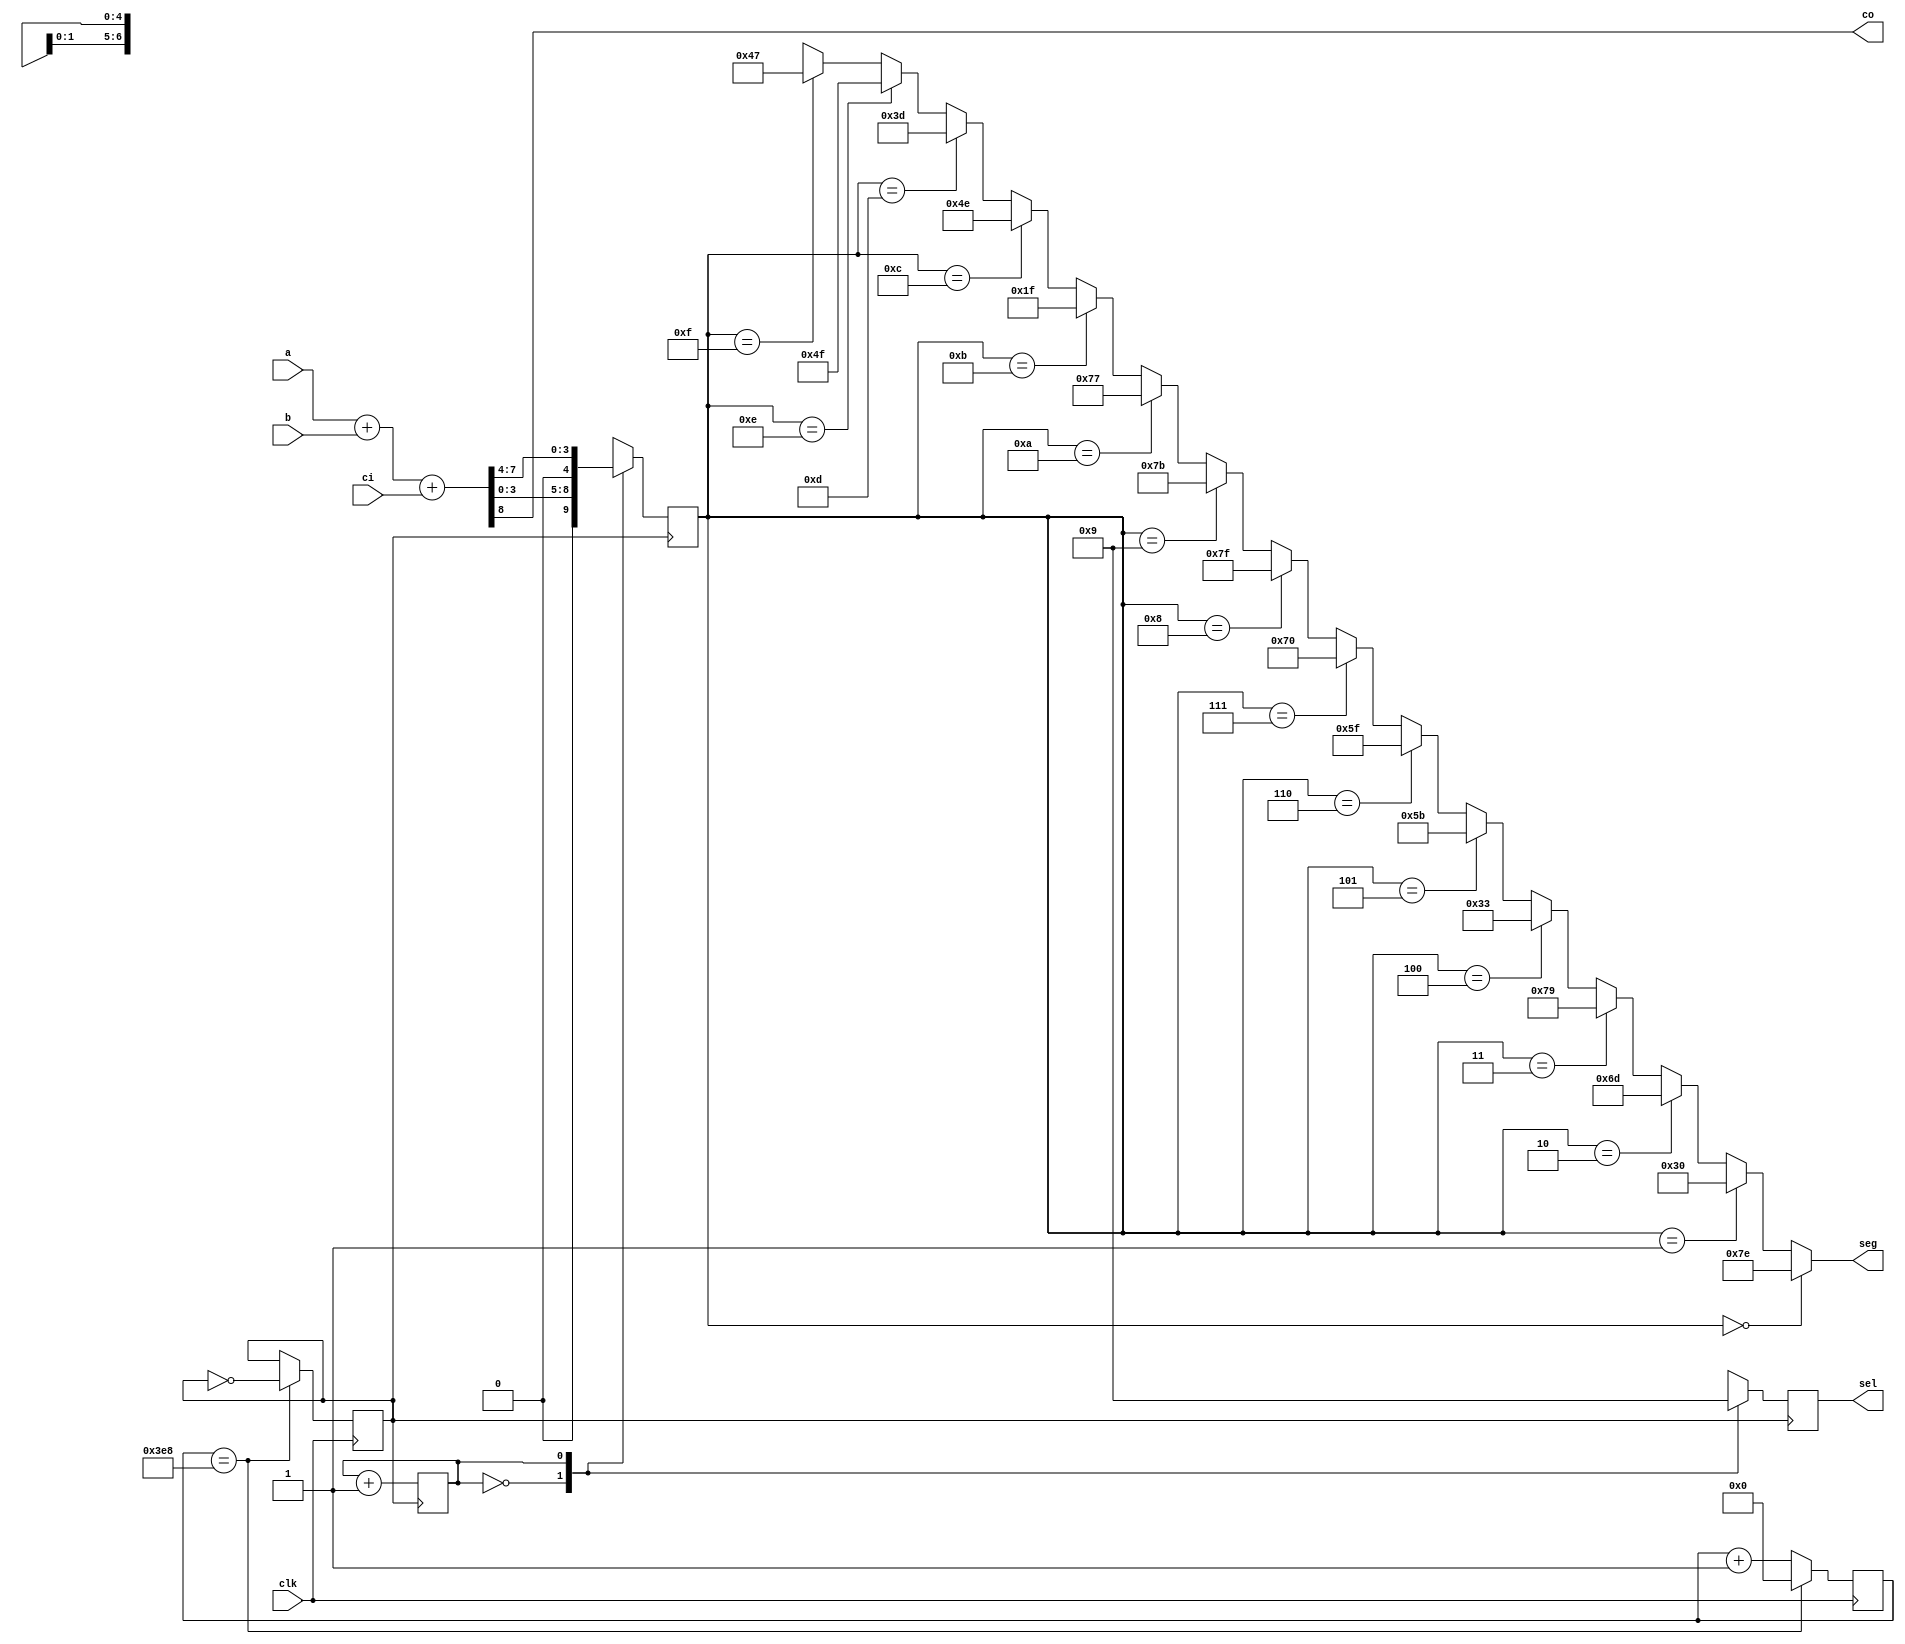
module fulladd8(clk,a,b,ci,seg,co,sel);
	input clk;
	input [7:0] a,b;
	input ci;
	output [6:0] seg;
	output co;
	output [1:0] sel;

	reg [9:0] count;
	reg [1:0] sel;
	wire [7:0] s;
	reg [4:0] val;
	wire [6:0] seg;
	reg clk_reg;
	reg sel_cnt;

	initial
	begin
		count <= 0;
		clk_reg <= 0;
		sel_cnt <= 0;
	end

	assign {co,s} = a+b+ci;

	always@(posedge clk)
	begin
		if(count == 10'd1000)
		begin
			count <= 0;
			clk_reg <= ~clk_reg;
		end
		else
			count <= count + 1;
	end

	always@(posedge clk_reg)
	begin
		case(sel_cnt)
		1'd0: begin sel <= 2'b10; val <= s[3:0]; end
		1'd1: begin sel <= 2'b01; val <= s[7:4]; end
		endcase

		sel_cnt <= sel_cnt + 1;
	end

	assign seg =
		(val == 4'h0) ? 7'b1111110 :
		(val == 4'h1) ? 7'b0110000 :
		(val == 4'h2) ? 7'b1101101 :
		(val == 4'h3) ? 7'b1111001 :
		(val == 4'h4) ? 7'b0110011 :
		(val == 4'h5) ? 7'b1011011 :
		(val == 4'h6) ? 7'b1011111 :
		(val == 4'h7) ? 7'b1110000 :
		(val == 4'h8) ? 7'b1111111 :
		(val == 4'h9) ? 7'b1111011 :
		(val == 4'hA) ? 7'b1110111 :
		(val == 4'hB) ? 7'b0011111 :
		(val == 4'hC) ? 7'b1001110 :
		(val == 4'hD) ? 7'b0111101 :
		(val == 4'hE) ? 7'b1001111 :
		(val == 4'hF) ? 7'b1000111 :
		7'bx;

endmodule